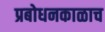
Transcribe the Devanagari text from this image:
प्रबोधनकाळाच